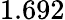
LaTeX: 1.692